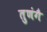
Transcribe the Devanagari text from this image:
तुणंगै